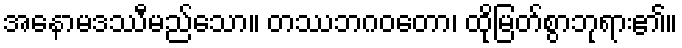
အနောမဒဿီမည်သော။ တဿဘဂဝတော၊ ထိုမြတ်စွာဘုရား၏။